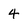
Character: 4